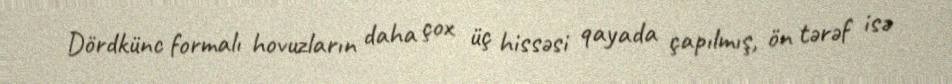
Dördkünc formalı hovuzların daha çox üç hissəsi qayada çapılmış, ön tərəf isə